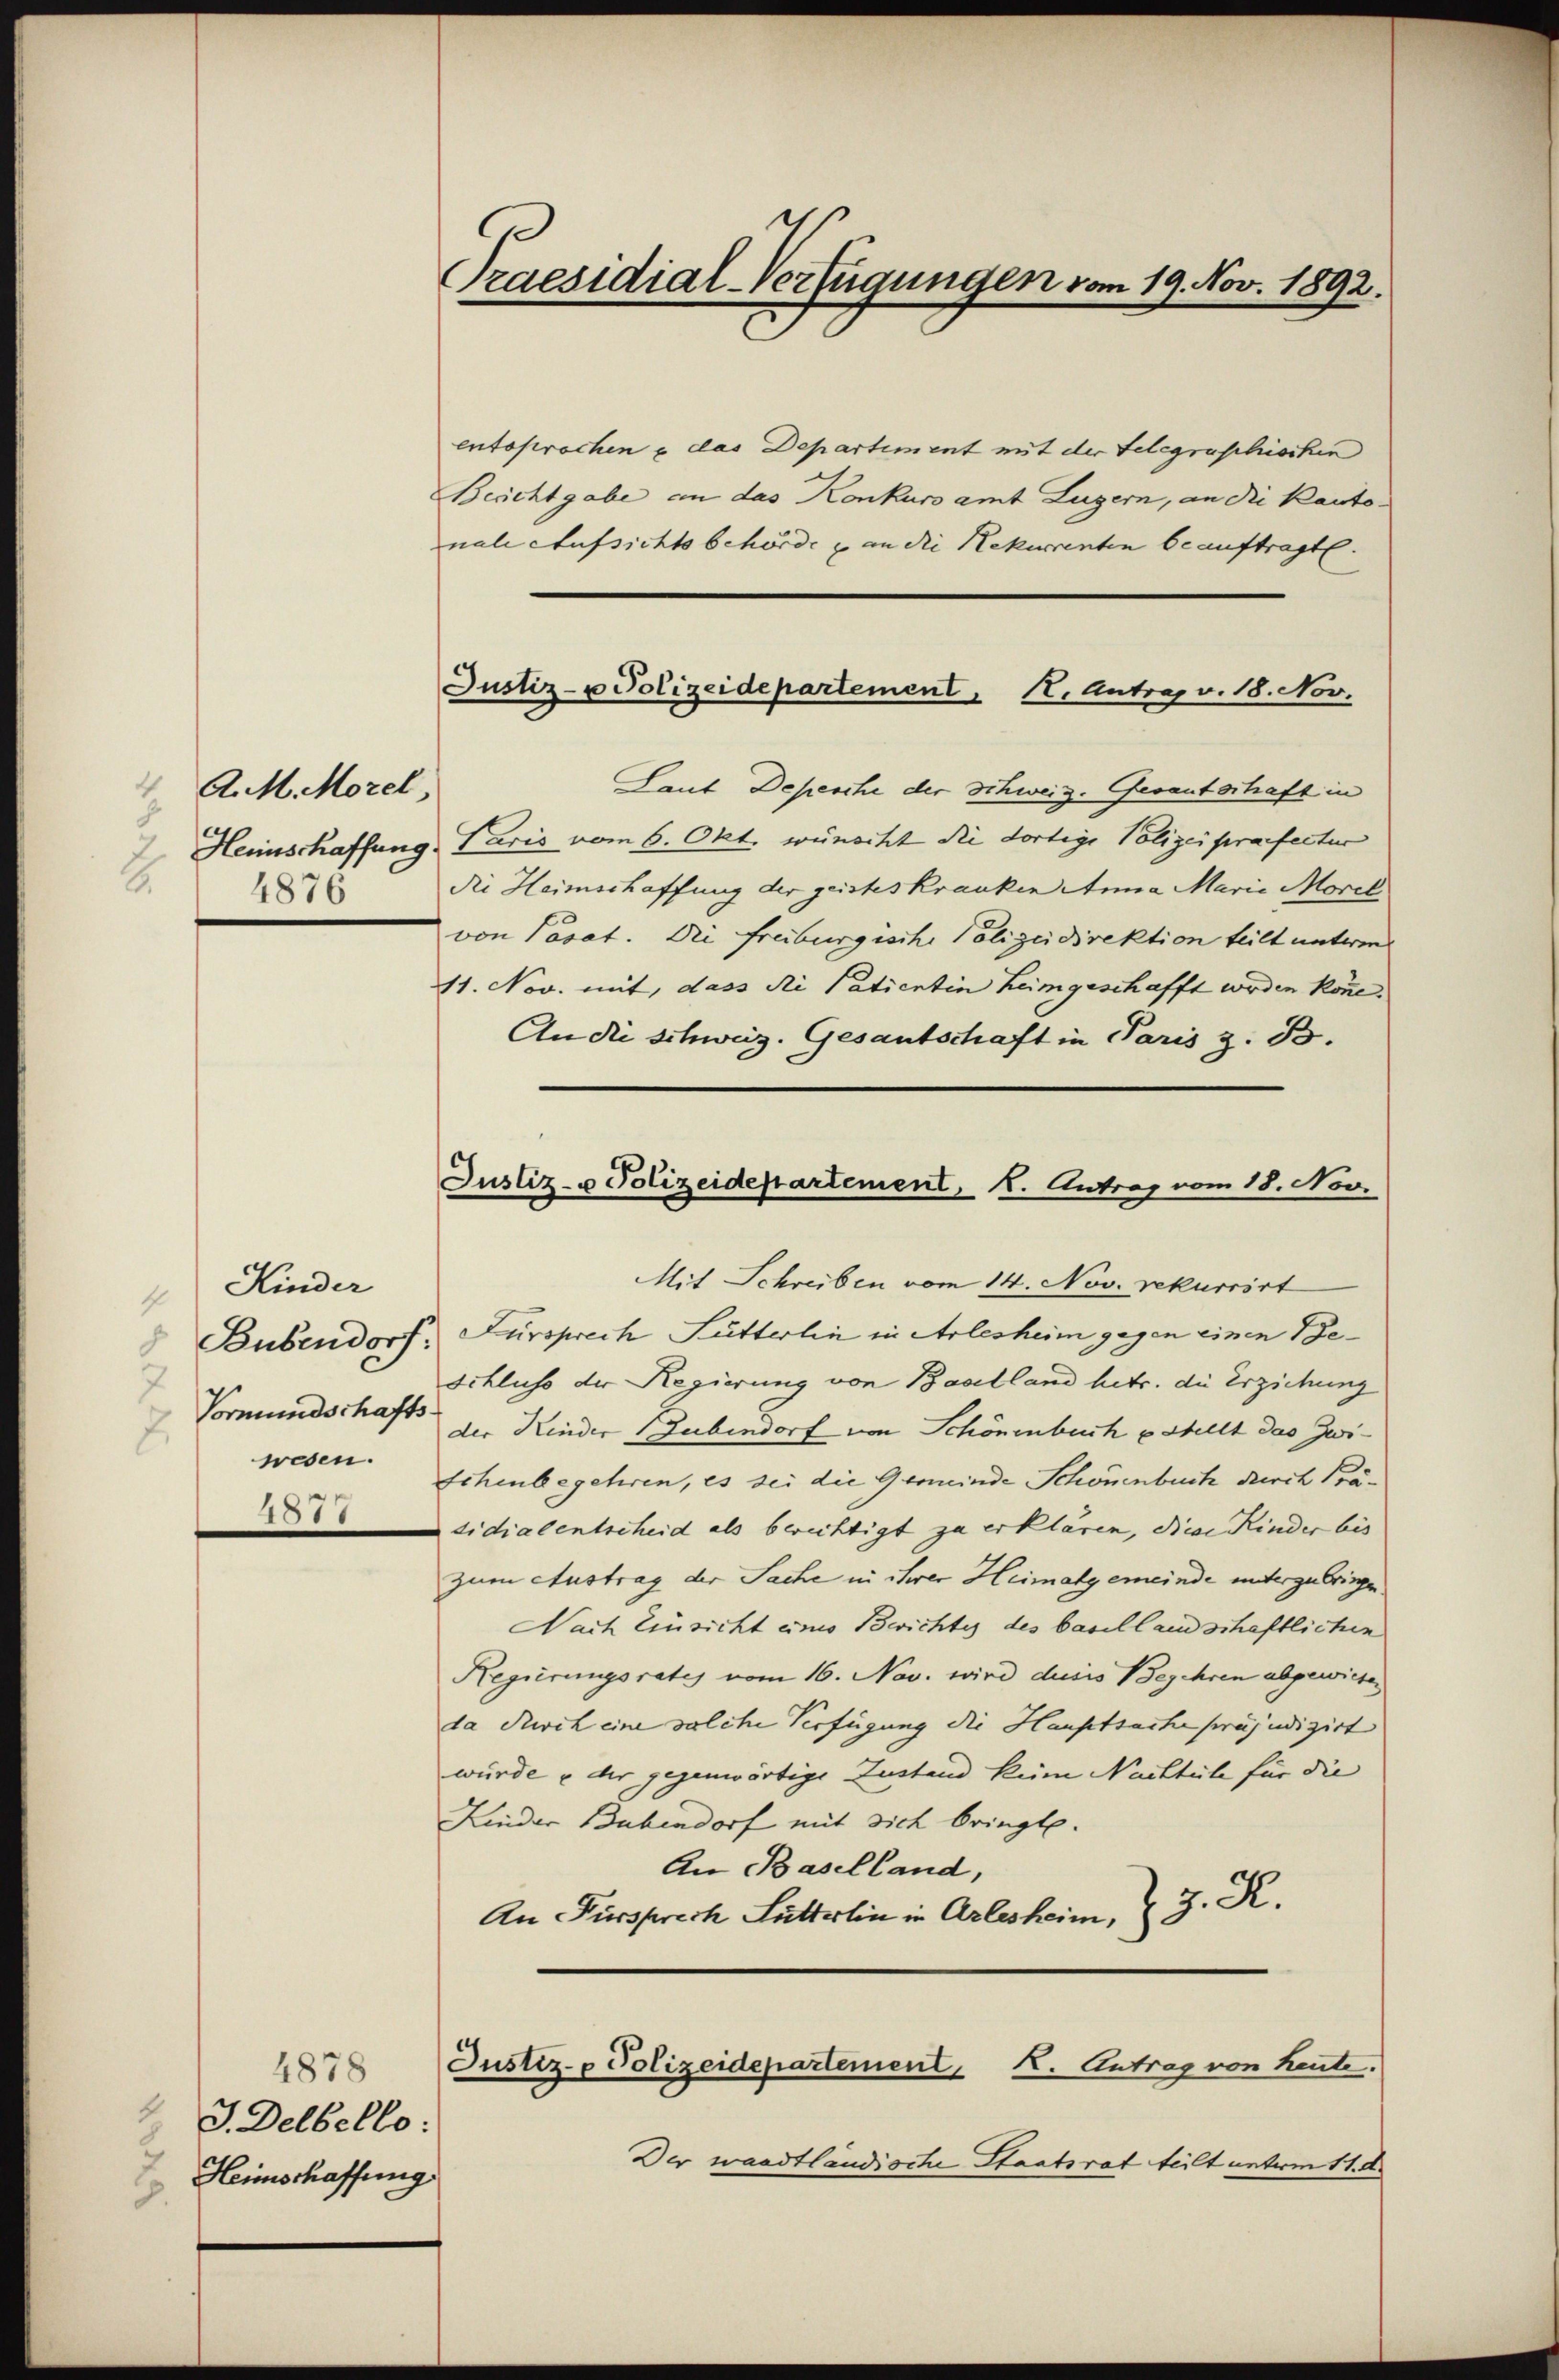
4
A. M. Morel,
8
Heinschaffung
2.
4876

Kinder
 Bubendorf:
7
Vormundschafts
2
wesen.

1011

4878
J. Delbello.
Heimschaffung
.
.

Praesidial-Verfügungen vom 19. Nov. 1892.

Justiz- u Polizeidepartement 12. Antrag v. 18. Nov.

entsprochen u das Departiment mit der telegraschischen
Besichtgabe an das Konkurs amt Luzern, an die Kanto-
nale Aufsichtsbehörde & an die Rekurrenten beauftragt.
Laut Depesche der Schweiz. Gesantschaft in
Paris vom 6. Okt. wünscht die dortige Polizeipräfectur
die Heimschaffung der geistes Kranken Anna Marie Morel
von Pasat. Die Freiburgische Polizeidirektion teilt unterm
11. Nov. mit, dass die Patientin heimgeschafft werden könne.
An die Schweiz. Gesantschaft in Paris z. B.
Mit Schreiben vom 14. Nov. rekurrirt
 Fürsprech Sutterlin in Arlesheim gegen einen Be¬
Schluss der Regierung von Baselland hetr. die Erziehung
der Kinder Zubendorf von Schönenbuch stellt das Zwi¬
Schenbegehren, es sei die Gemeinde Schönenbuch durch Präsidialentscheid als berichtigt zu erklären, diese Kinder bis
zum Austrag der Sache in ihrer Heimatgemeinde unterzubringen
Nach Einsicht eines Berichtes des basellandschaftlichen
Regierungsrates vom 16. Nov. wird dusis Begehren abgewiese
da durch eine solche Verfügung die Hauptsache präjudizirt
würde u der gegenwärtige Zustand keine Nachteile für die
Linder Bubendorf mit sich bringt.
An Baselland
An Fürsprech Lutterlin in Arlesheim, 3. R.
Justiz- & Polizeidepartement, 1. Antrag von heute.
Der waadtländische Staatsrat teilt unterm 11. d.

Justiz- u Polizeidepartement, K. Antrag vom 18. Nov.